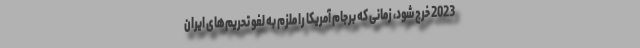
2023 خرج شود، زمانی که برجام آمریکا را ملزم به لغو تحریم‌های ایران